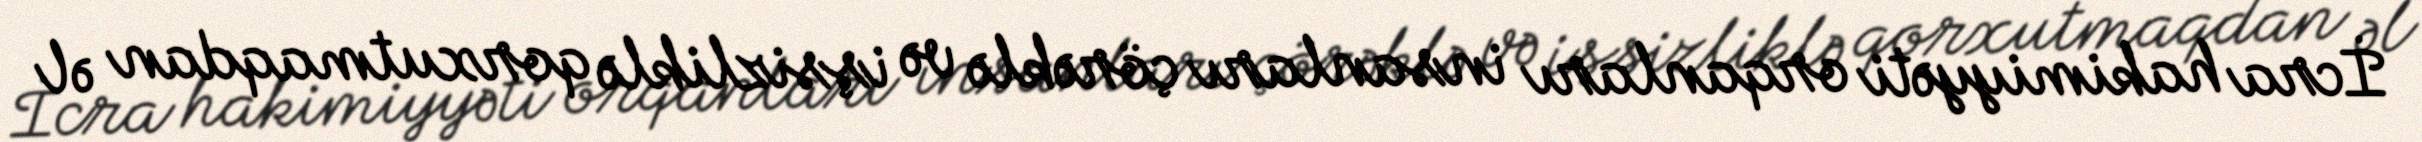
İcra hakimiyyəti orqanları insanları çörəklə və işsizliklə qorxutmaqdan əl